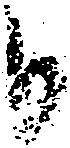
日